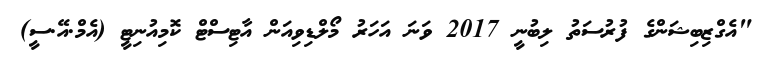
"އެގްޒިބިޝަންގެ ފުރުސަތު ލިބުނީ 2017 ވަނަ އަހަރު މޯލްޑިވިއަން އާޓިސްޓް ކޮމިއުނިޓީ (އެމް.އޭ.ސީ)